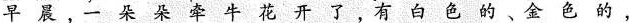
早晨一朵朵牵牛花开了，有白色、的金色的，